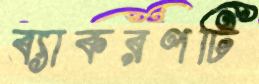
ব্যাকরণটি